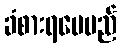
ခံစားရပေမည်